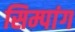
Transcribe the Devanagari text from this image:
सिम्पांग